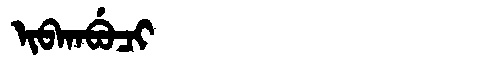
Manchu: ᡳᠪᡴᠠᠪᡠᠴᡳ
Romanization: IBKABUCI